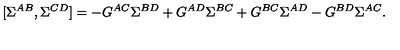
[ \Sigma ^ { A B } , \Sigma ^ { C D } ] = - G ^ { A C } \Sigma ^ { B D } + G ^ { A D } \Sigma ^ { B C } + G ^ { B C } \Sigma ^ { A D } - G ^ { B D } \Sigma ^ { A C } .